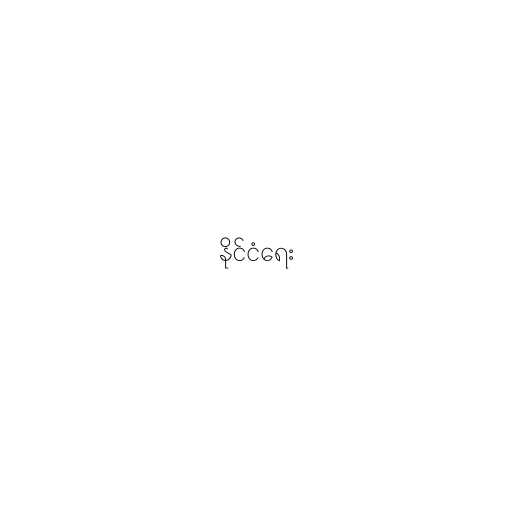
နိုင်ငံရေး